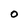
Character: 0